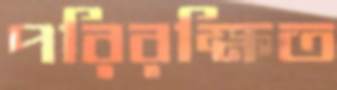
পরিরক্ষিত